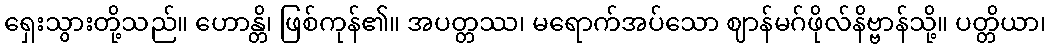
ရှေးသွားတို့သည်။ ဟောန္တိ၊ ဖြစ်ကုန်၏။ အပတ္တဿ၊ မရောက်အပ်သော ဈာန်မဂ်ဖိုလ်နိဗ္ဗာန်သို့။ ပတ္တိယာ၊